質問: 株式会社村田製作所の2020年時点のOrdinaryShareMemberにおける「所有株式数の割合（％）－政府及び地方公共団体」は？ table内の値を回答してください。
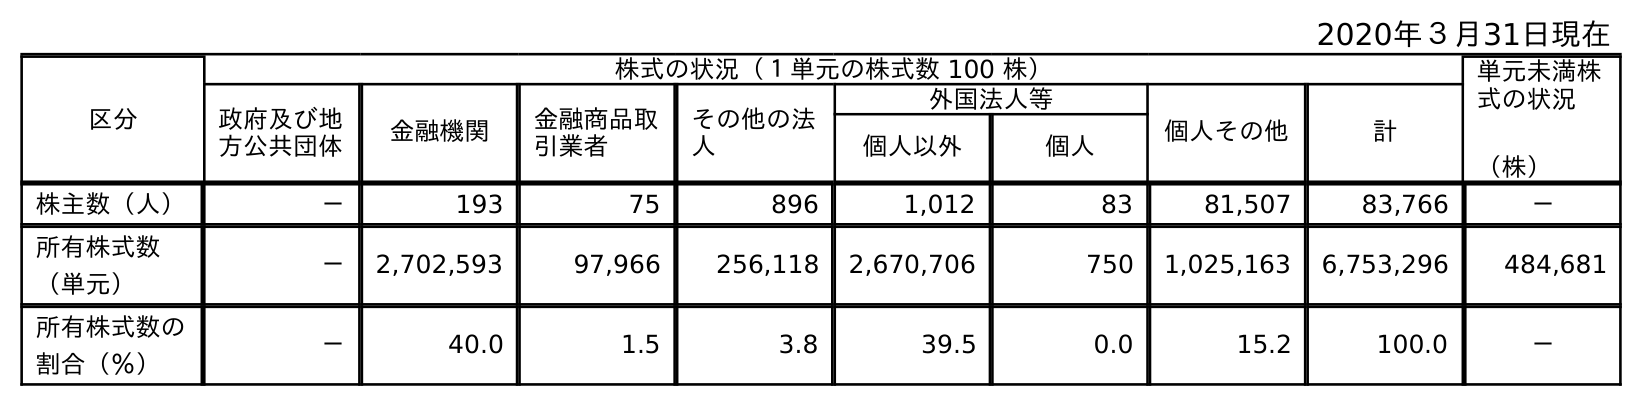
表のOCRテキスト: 2020年３月31日現在 区分 株式の状況（１単元の株式数 100 株） 単元未満株 式の状況 （株） 政府及び地 方公共団体 金融機関 金融商品取 引業者 その他の法 人 外国法人等 個人その他 計 個人以外 個人 株主数（人） － 193 75 896 1,012 83 81,507 83,766 － 所有株式数 （単元） － 2,702,593 97,966 256,118 2,670,706 750 1,025,163 6,753,296 484,681 所有株式数の 割合（％） － 40.0 1.5 3.8 39.5 0.0 15.2 100.0 －
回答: －